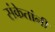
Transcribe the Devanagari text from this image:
संकेतांनी